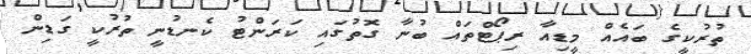
ތުރުކީގެ ބައެއް މީޑިއާ ރިޕޯޓްތައް ބުނާ ގޮތުގައި ކަރަންޓު ކެނޑުނީ ތުރުކީ ގަޑިން